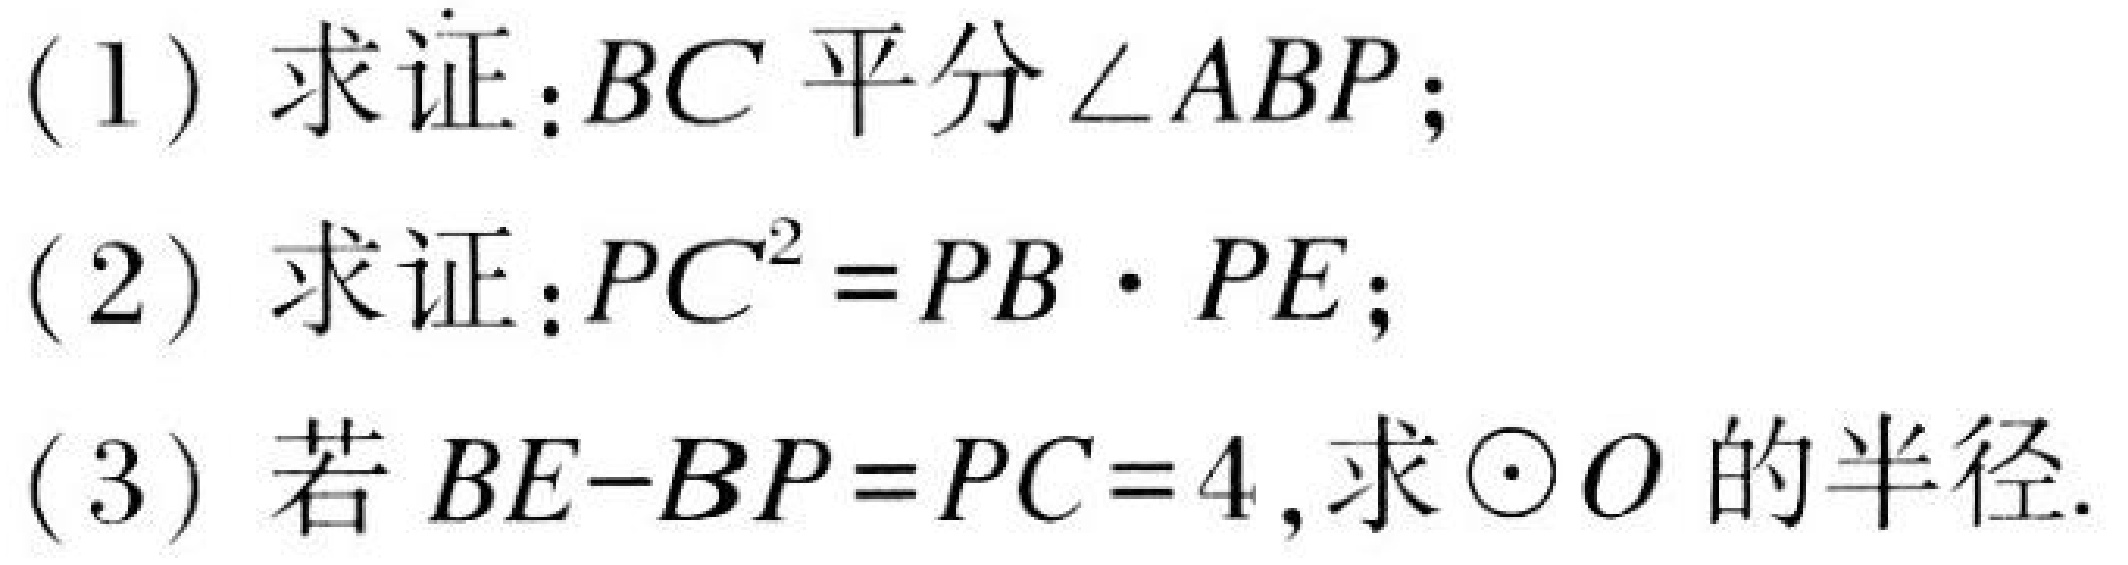
(1) 求证：\(BC\)平分\(\angle ABP\)；
(2) 求证：\(PC^{2}=PB\cdot PE\)；
(3) 若\(BE - BP = PC = 4\)，求\(\odot O\)的半径.